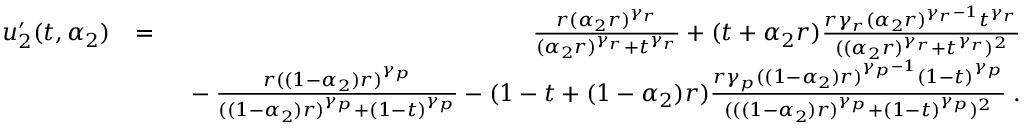
\begin{array} { r l r } { u _ { 2 } ^ { \prime } ( t , \alpha _ { 2 } ) } & { = } & { \frac { r ( \alpha _ { 2 } r ) ^ { \gamma _ { r } } } { ( \alpha _ { 2 } r ) ^ { \gamma _ { r } } + t ^ { \gamma _ { r } } } + ( t + \alpha _ { 2 } r ) \frac { r \gamma _ { r } ( \alpha _ { 2 } r ) ^ { \gamma _ { r } - 1 } t ^ { \gamma _ { r } } } { ( ( \alpha _ { 2 } r ) ^ { \gamma _ { r } } + t ^ { \gamma _ { r } } ) ^ { 2 } } } \\ & { } & { \mathrm { ~ } - \frac { r ( ( 1 - \alpha _ { 2 } ) r ) ^ { \gamma _ { p } } } { ( ( 1 - \alpha _ { 2 } ) r ) ^ { \gamma _ { p } } + ( 1 - t ) ^ { \gamma _ { p } } } - ( 1 - t + ( 1 - \alpha _ { 2 } ) r ) \frac { r \gamma _ { p } ( ( 1 - \alpha _ { 2 } ) r ) ^ { \gamma _ { p } - 1 } ( 1 - t ) ^ { \gamma _ { p } } } { ( ( ( 1 - \alpha _ { 2 } ) r ) ^ { \gamma _ { p } } + ( 1 - t ) ^ { \gamma _ { p } } ) ^ { 2 } } \; . } \end{array}